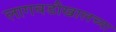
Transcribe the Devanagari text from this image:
लागवडीखालच्या